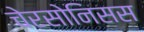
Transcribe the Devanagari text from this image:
चेरसोनिसस